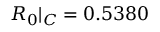
R _ { 0 } | _ { C } = 0 . 5 3 8 0